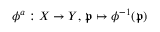
\phi ^ { a } : X \to Y , \, { \mathfrak { p } } \mapsto \phi ^ { - 1 } ( { \mathfrak { p } } )